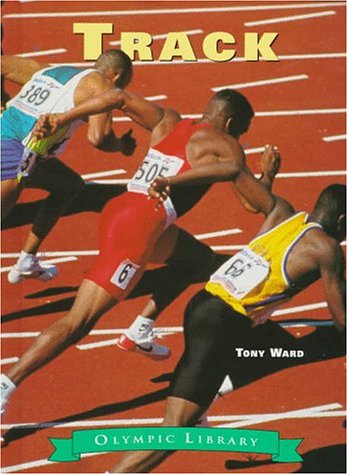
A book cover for Track (Olympic Library); Tony Ward; Children's Books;